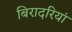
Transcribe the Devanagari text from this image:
बिरादरियां